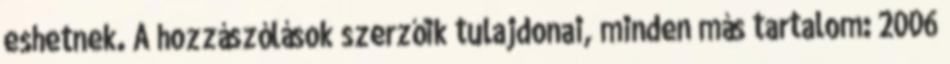
eshetnek. A hozzászólások szerzőik tulajdonai, minden más tartalom: 2006